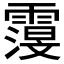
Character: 𮦬